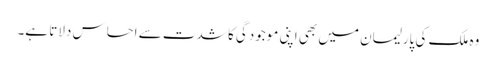
وہ ملک کی پارلیمان میں بھی اپنی موجودگی کا شدت سے احساس دلاتا ہے۔